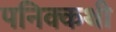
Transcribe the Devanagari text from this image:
पनिक्कथी